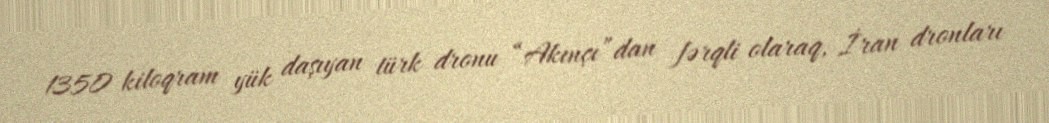
1350 kiloqram yük daşıyan türk dronu “Akınçı”dan fərqli olaraq, İran dronları